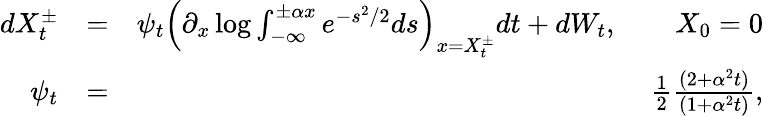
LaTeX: \begin{array}{rlr}{dX_{t}^{\pm}}&{=}&{\psi_{t}\left(\partial_{x}\log\int_{-\infty}^{\pm\alpha x}e^{-s^{2}/2}ds\right)_{x=X_{t}^{\pm}}dt+dW_{t},\qquad X_{0}=0}\\ {\psi_{t}}&{=}&{\frac{1}{2}\frac{(2+\alpha^{2}t)}{(1+\alpha^{2}t)},}\end{array}